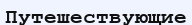
Путешествующие